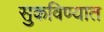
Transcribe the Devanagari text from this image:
सुकविण्यात